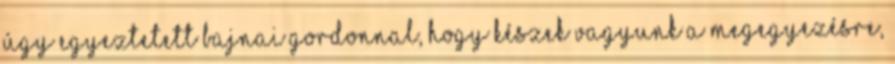
úgy egyeztetett Bajnai Gordonnal, hogy készek vagyunk a megegyezésre,